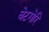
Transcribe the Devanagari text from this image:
बेटगेरि